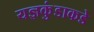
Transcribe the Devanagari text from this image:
यज्ञकुंडाकडे